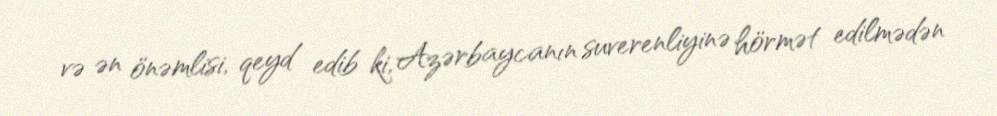
və ən önəmlisi, qeyd edib ki, Azərbaycanın suverenliyinə hörmət edilmədən